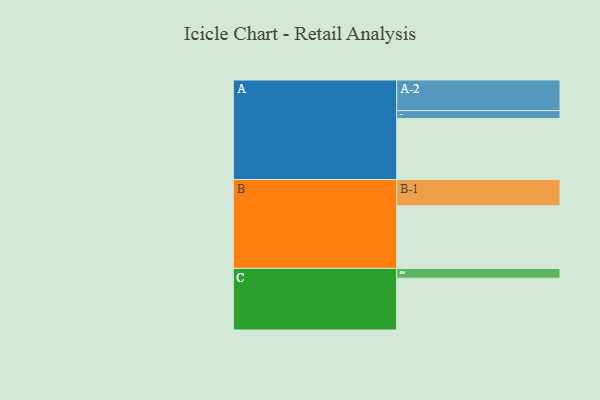
{"axis": {"x": "Segment", "y": "Value"}, "legend": ["", "A", "B", "C"], "data": [{"x": "A", "y": 547, "type": ""}, {"x": "B", "y": 562, "type": ""}, {"x": "C", "y": 465, "type": ""}, {"x": "A-1", "y": 71, "type": "A"}, {"x": "A-2", "y": 275, "type": "A"}, {"x": "B-1", "y": 236, "type": "B"}, {"x": "C-1", "y": 88, "type": "C"}]}